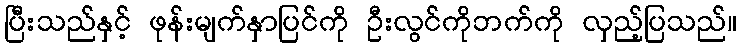
ပြီးသည်နှင့် ဖုန်းမျက်နှာပြင်ကို ဦးလွင်ကိုဘက်ကို လှည့်ပြသည်။